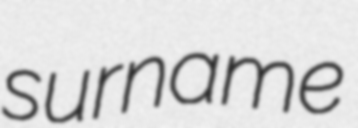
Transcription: surname